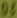
Text: D3